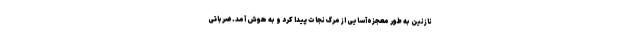
نازنین به طور معجزه‌آسایی از مرگ نجات پیدا کرد و به هوش آمد. ضرباتی